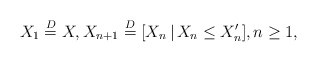
\begin{align*} X_1\stackrel{D}{=}X, X_{n+1}\stackrel{D}{=}[X_n\,|\,X_n\leq X_n'],n\geq 1,\end{align*}